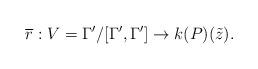
LaTeX: \begin{align*}\overline{r}: V = \Gamma'/[\Gamma',\Gamma'] \to k(P)(\tilde{z}).\end{align*}